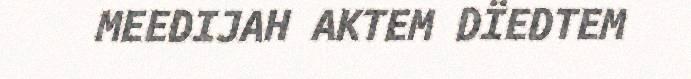
MEEDIJAH AKTEM DÏEDTEM